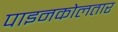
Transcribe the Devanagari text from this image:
पाइनकोलतार